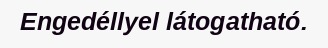
Engedéllyel látogatható.